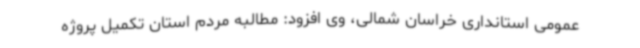
عمومی استانداری خراسان شمالی، وی افزود: مطالبه مردم استان تکمیل پروژه